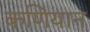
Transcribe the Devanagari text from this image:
कणियान